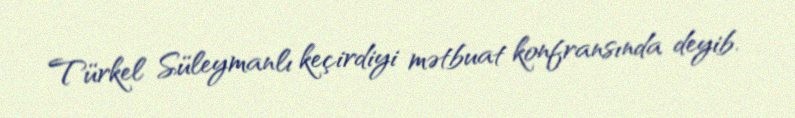
Türkel Süleymanlı keçirdiyi mətbuat konfransında deyib.